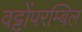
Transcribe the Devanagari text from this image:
वट्टोंपरम्बिल